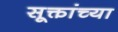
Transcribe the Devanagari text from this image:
सूक्तांच्या